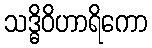
သဒ္ဓိဝိဟာရိကော